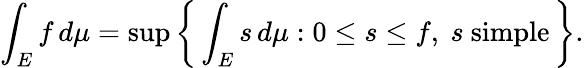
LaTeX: \int_{E}f\, d\mu=\operatorname*{sup}\left\{ \, \int_{E}s\, d\mu:0\leq s\leq f,\ s\ {\mathrm{simple}}\, \right\} .